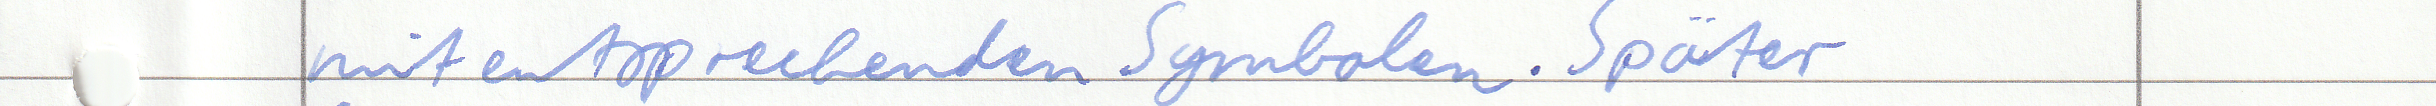
mit entsprechenden Symbolen. Später